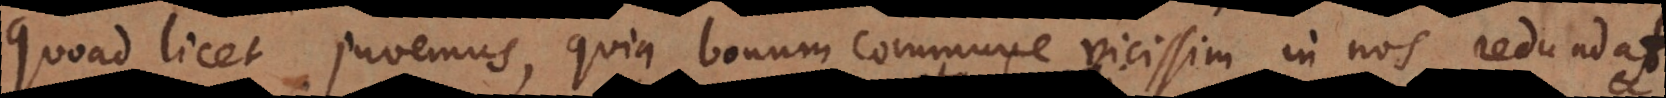
quoad licet juvemus, quia bonum commune vicissim in nos redundat,